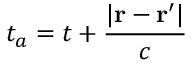
t _ { a } = t + { \frac { | \mathbf { r } - \mathbf { r } ^ { \prime } | } { c } }